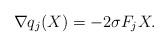
LaTeX: \begin{align*}\nabla q_j(X)=-2 \sigma F_j X. \end{align*}